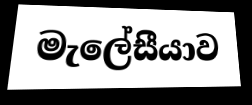
මැලේසීයාව